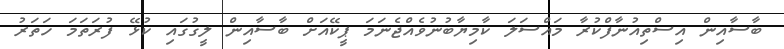
ބާސާއިން އިސްތިއުނާފްކުރާ މައްސަލަ ކާމިޔާބުނުވެއްޖެނަމަ ޕީކޭއަށް ބާސާއިން ލީގުގައި ކުޅޭ ފުރަތަމަ ހަތަރު